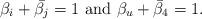
LaTeX: \begin{align*}\beta_i + \bar{\beta_j} = 1 \,\, {\rm and }\,\, \beta_u + \bar{\beta}_4=1.\end{align*}